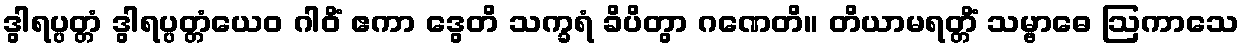
ဒွါရပ္ပတ္တံ ဒွါရပ္ပတ္တံယေဝ ဂါဝိံ ဧကာ ဒွေတိ သက္ခရံ ခိပိတွာ ဂဏေတိ။ တိယာမရတ္တိံ သမ္ဗာဓေ ဩကာသေ